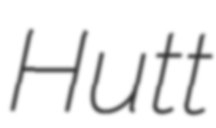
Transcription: Hutt